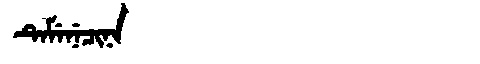
Manchu: ᡨᡝᠮᡝᠨᡝᠴᡳᠨᠠ
Romanization: TEMENECINA